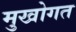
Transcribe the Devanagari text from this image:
मुखोगत